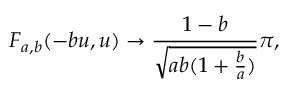
F _ { a , b } ( - b u , u ) \to \frac { 1 - b } { \sqrt { a b ( 1 + \frac { b } { a } ) } } \pi ,